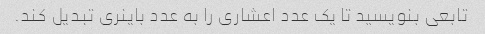
تابعی بنویسید تا یک عدد اعشاری را به عدد باینری تبدیل کند.